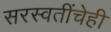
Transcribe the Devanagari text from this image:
सरस्वतींचेही